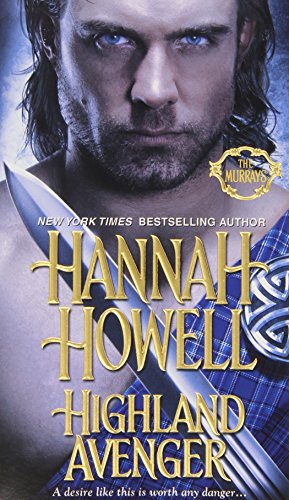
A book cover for Highland Avenger (Murrays); Hannah Howell; Romance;